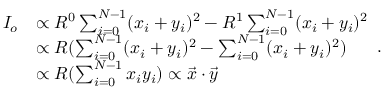
\begin{array} { r l } { I _ { o } } & { \propto R ^ { 0 } \sum _ { i = 0 } ^ { N - 1 } ( x _ { i } + y _ { i } ) ^ { 2 } - R ^ { 1 } \sum _ { i = 0 } ^ { N - 1 } ( x _ { i } + y _ { i } ) ^ { 2 } } \\ & { \propto R ( \sum _ { i = 0 } ^ { N - 1 } ( x _ { i } + y _ { i } ) ^ { 2 } - \sum _ { i = 0 } ^ { N - 1 } ( x _ { i } + y _ { i } ) ^ { 2 } ) } \\ & { \propto R ( \sum _ { i = 0 } ^ { N - 1 } x _ { i } y _ { i } ) \propto \Vec { x } \cdot \Vec { y } } \end{array} .